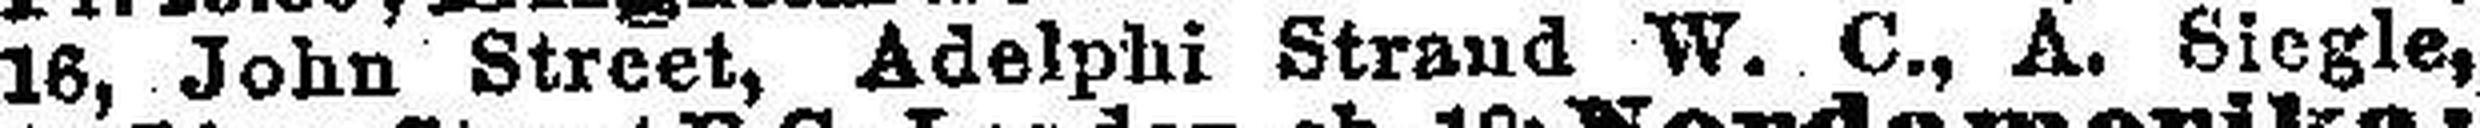
16, John Street, Adelphi Straud W. C., A. Siegle,